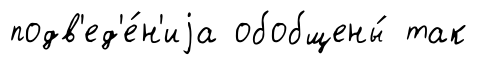
подв'ед'е́н'иjа обобщены́ так